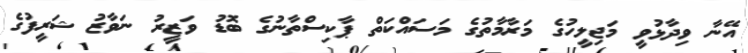
އޭނާ ވިދާޅުވީ މަޖިލީހުގެ މަރާމާތުގެ މަސައްކަތް ޕާކިސްތާނުގެ ބޮޑު ވަޒީރު ނަވާޒު ޝަރީފުގެ